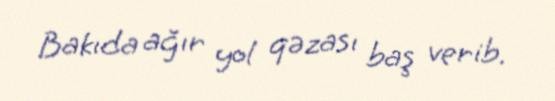
Bakıda ağır yol qəzası baş verib.